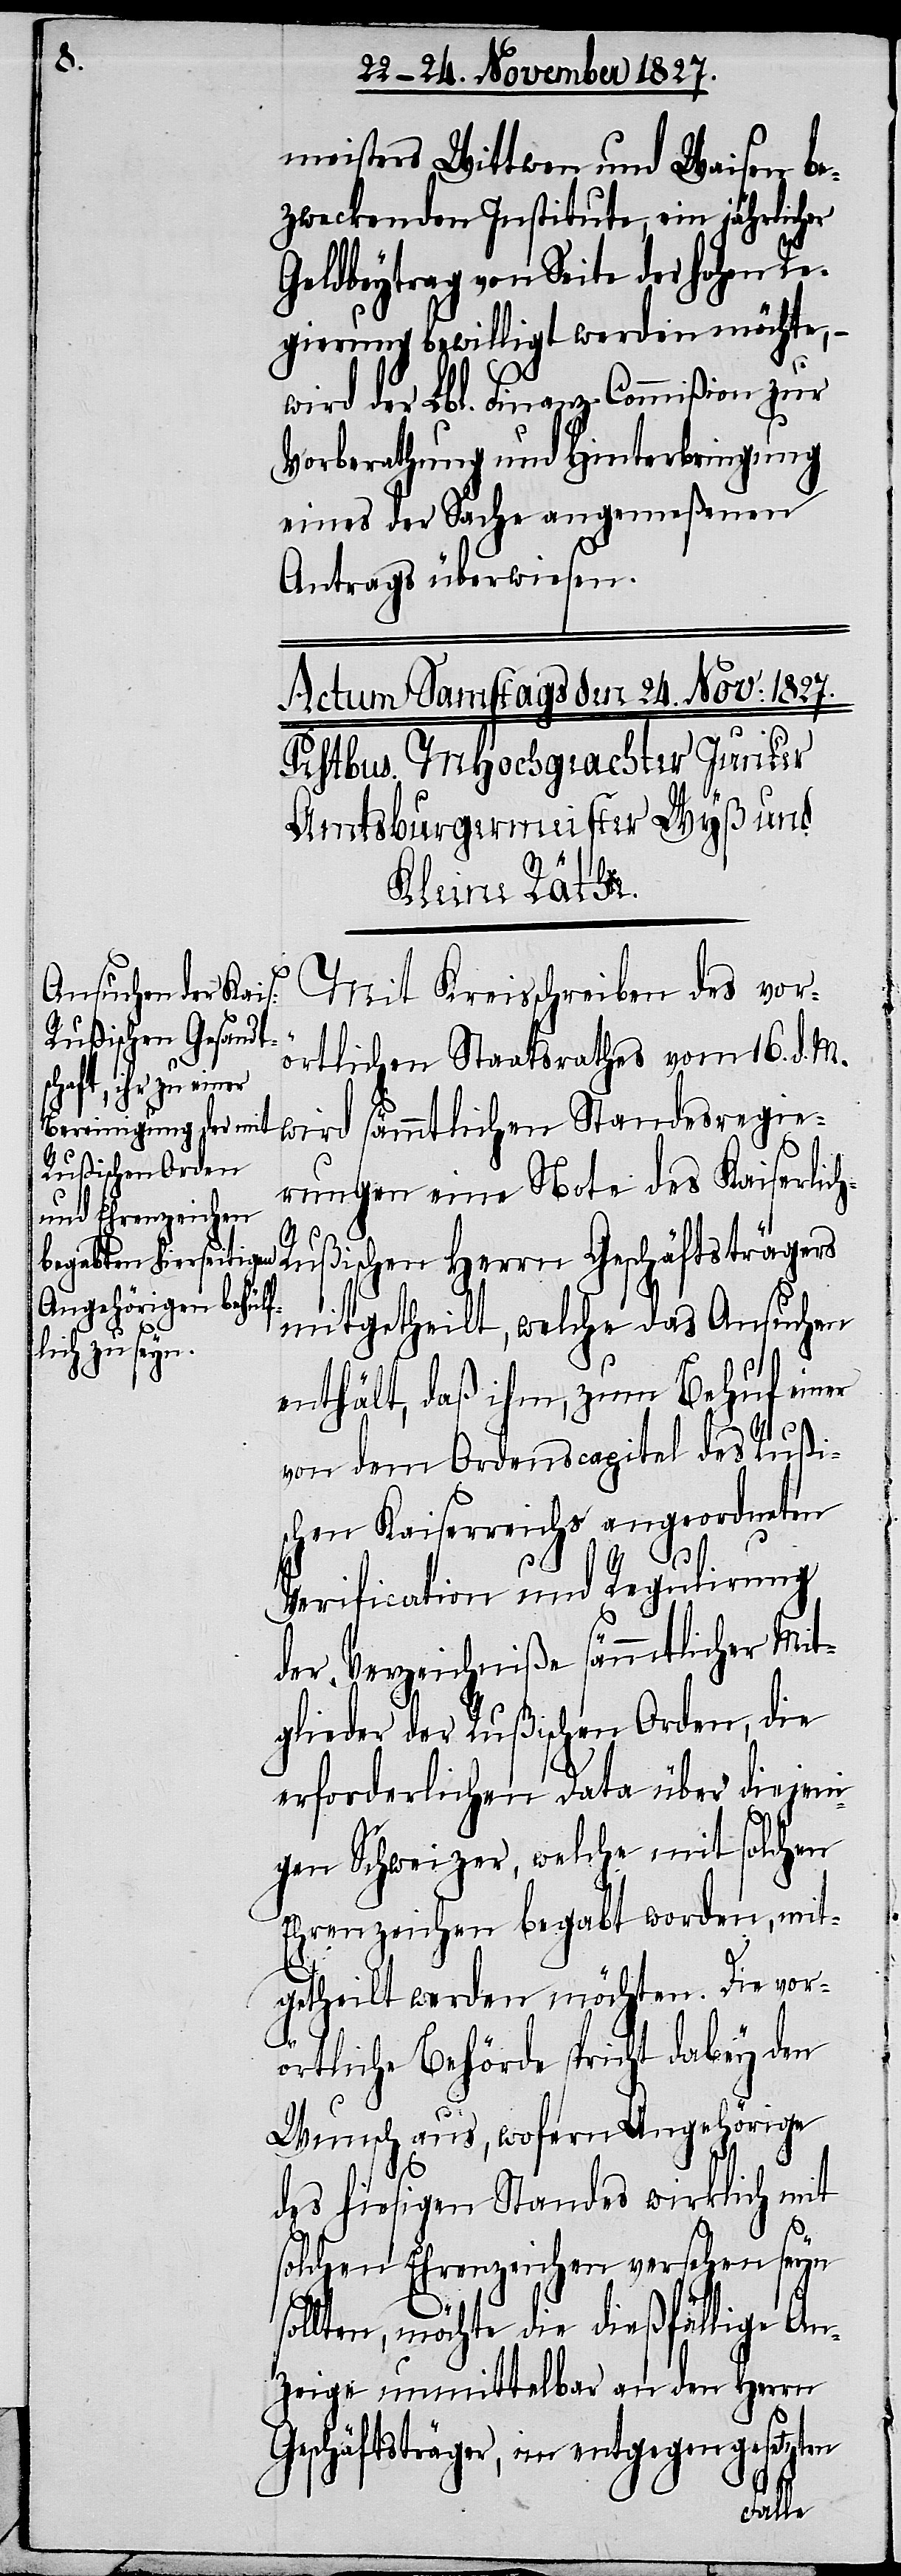
meisters Wittwen und Waisen be¬
zweckenden Institute, ein jährlicher
Geldbeytrag von Seite der hohen Re¬
gierung bewilligt werden möchte, –
wird der Lbl. Finanz-Commißion zur
Vorberathung und Hinterbringung
eines der Sache angemeßenen
Antrags überwiesen.
Mit Kreisschreiben des vor¬
örtlichen Staatsrathes vom 16. d. M.
wird sämmtlichen Standesregie¬
rungen eine Note des Kaiserlic¬
h-R¬
ußischen Herrn Geschäftsträgers
mitgetheilt, welche das Ansuchen
enthält, daß ihm, zum Behuf einer
von dem Ordenscapital des Rußi¬
schen Kaiserreichs angeordneten
Verification und Regulirung
der Verzeichniße sämmtlicher Mit¬
glieder der Rußischen Orden, die
erforderlichen Data über diejeni¬
gen Schweizer, welche mit solchen
Ehrenzeichen begabt worden, mit¬
getheilt werden möchten. Die vor¬
örtliche Behörde spricht dabey den
Wunsche aus, wofern Angehörige
des hiesigen Standes wirklich mit
solchen Ehrenzeichen versehen seyn
sollten, möchte die dießfällige An¬
zeige unmittelbar an den Herrn
Geschäftsträger, im entgegengesetzten